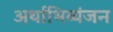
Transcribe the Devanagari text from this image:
अर्थाभिव्यंजन